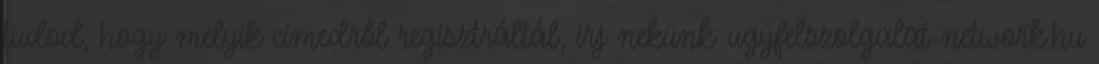
tudod, hogy melyik címedről regisztráltál, írj nekünk: ugyfelszolgalat network.hu